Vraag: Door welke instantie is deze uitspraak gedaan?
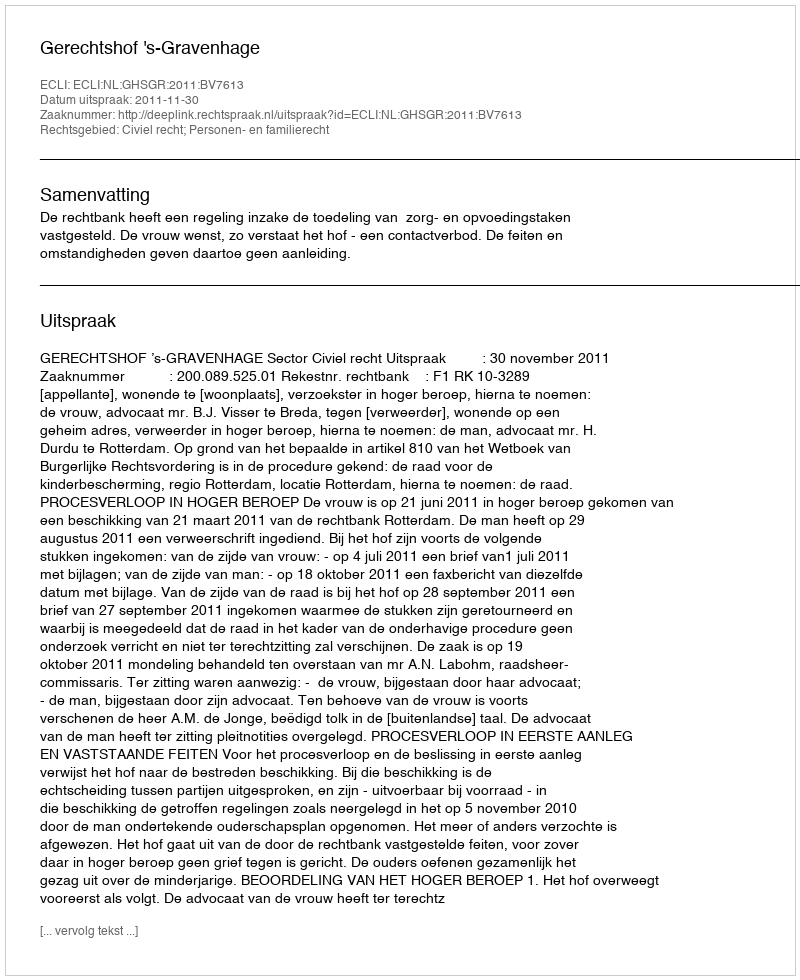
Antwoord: Gerechtshof 's-Gravenhage